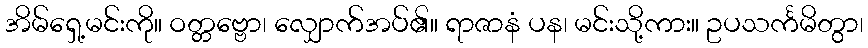
အိမ်ရှေ့မင်းကို။ ဝတ္တဗ္ဗော၊ လျှောက်အပ်၏။ ရာဇာနံ ပန၊ မင်းသို့ကား။ ဥပသင်္ကမိတွာ၊